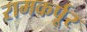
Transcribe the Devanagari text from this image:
रामकर्पूर